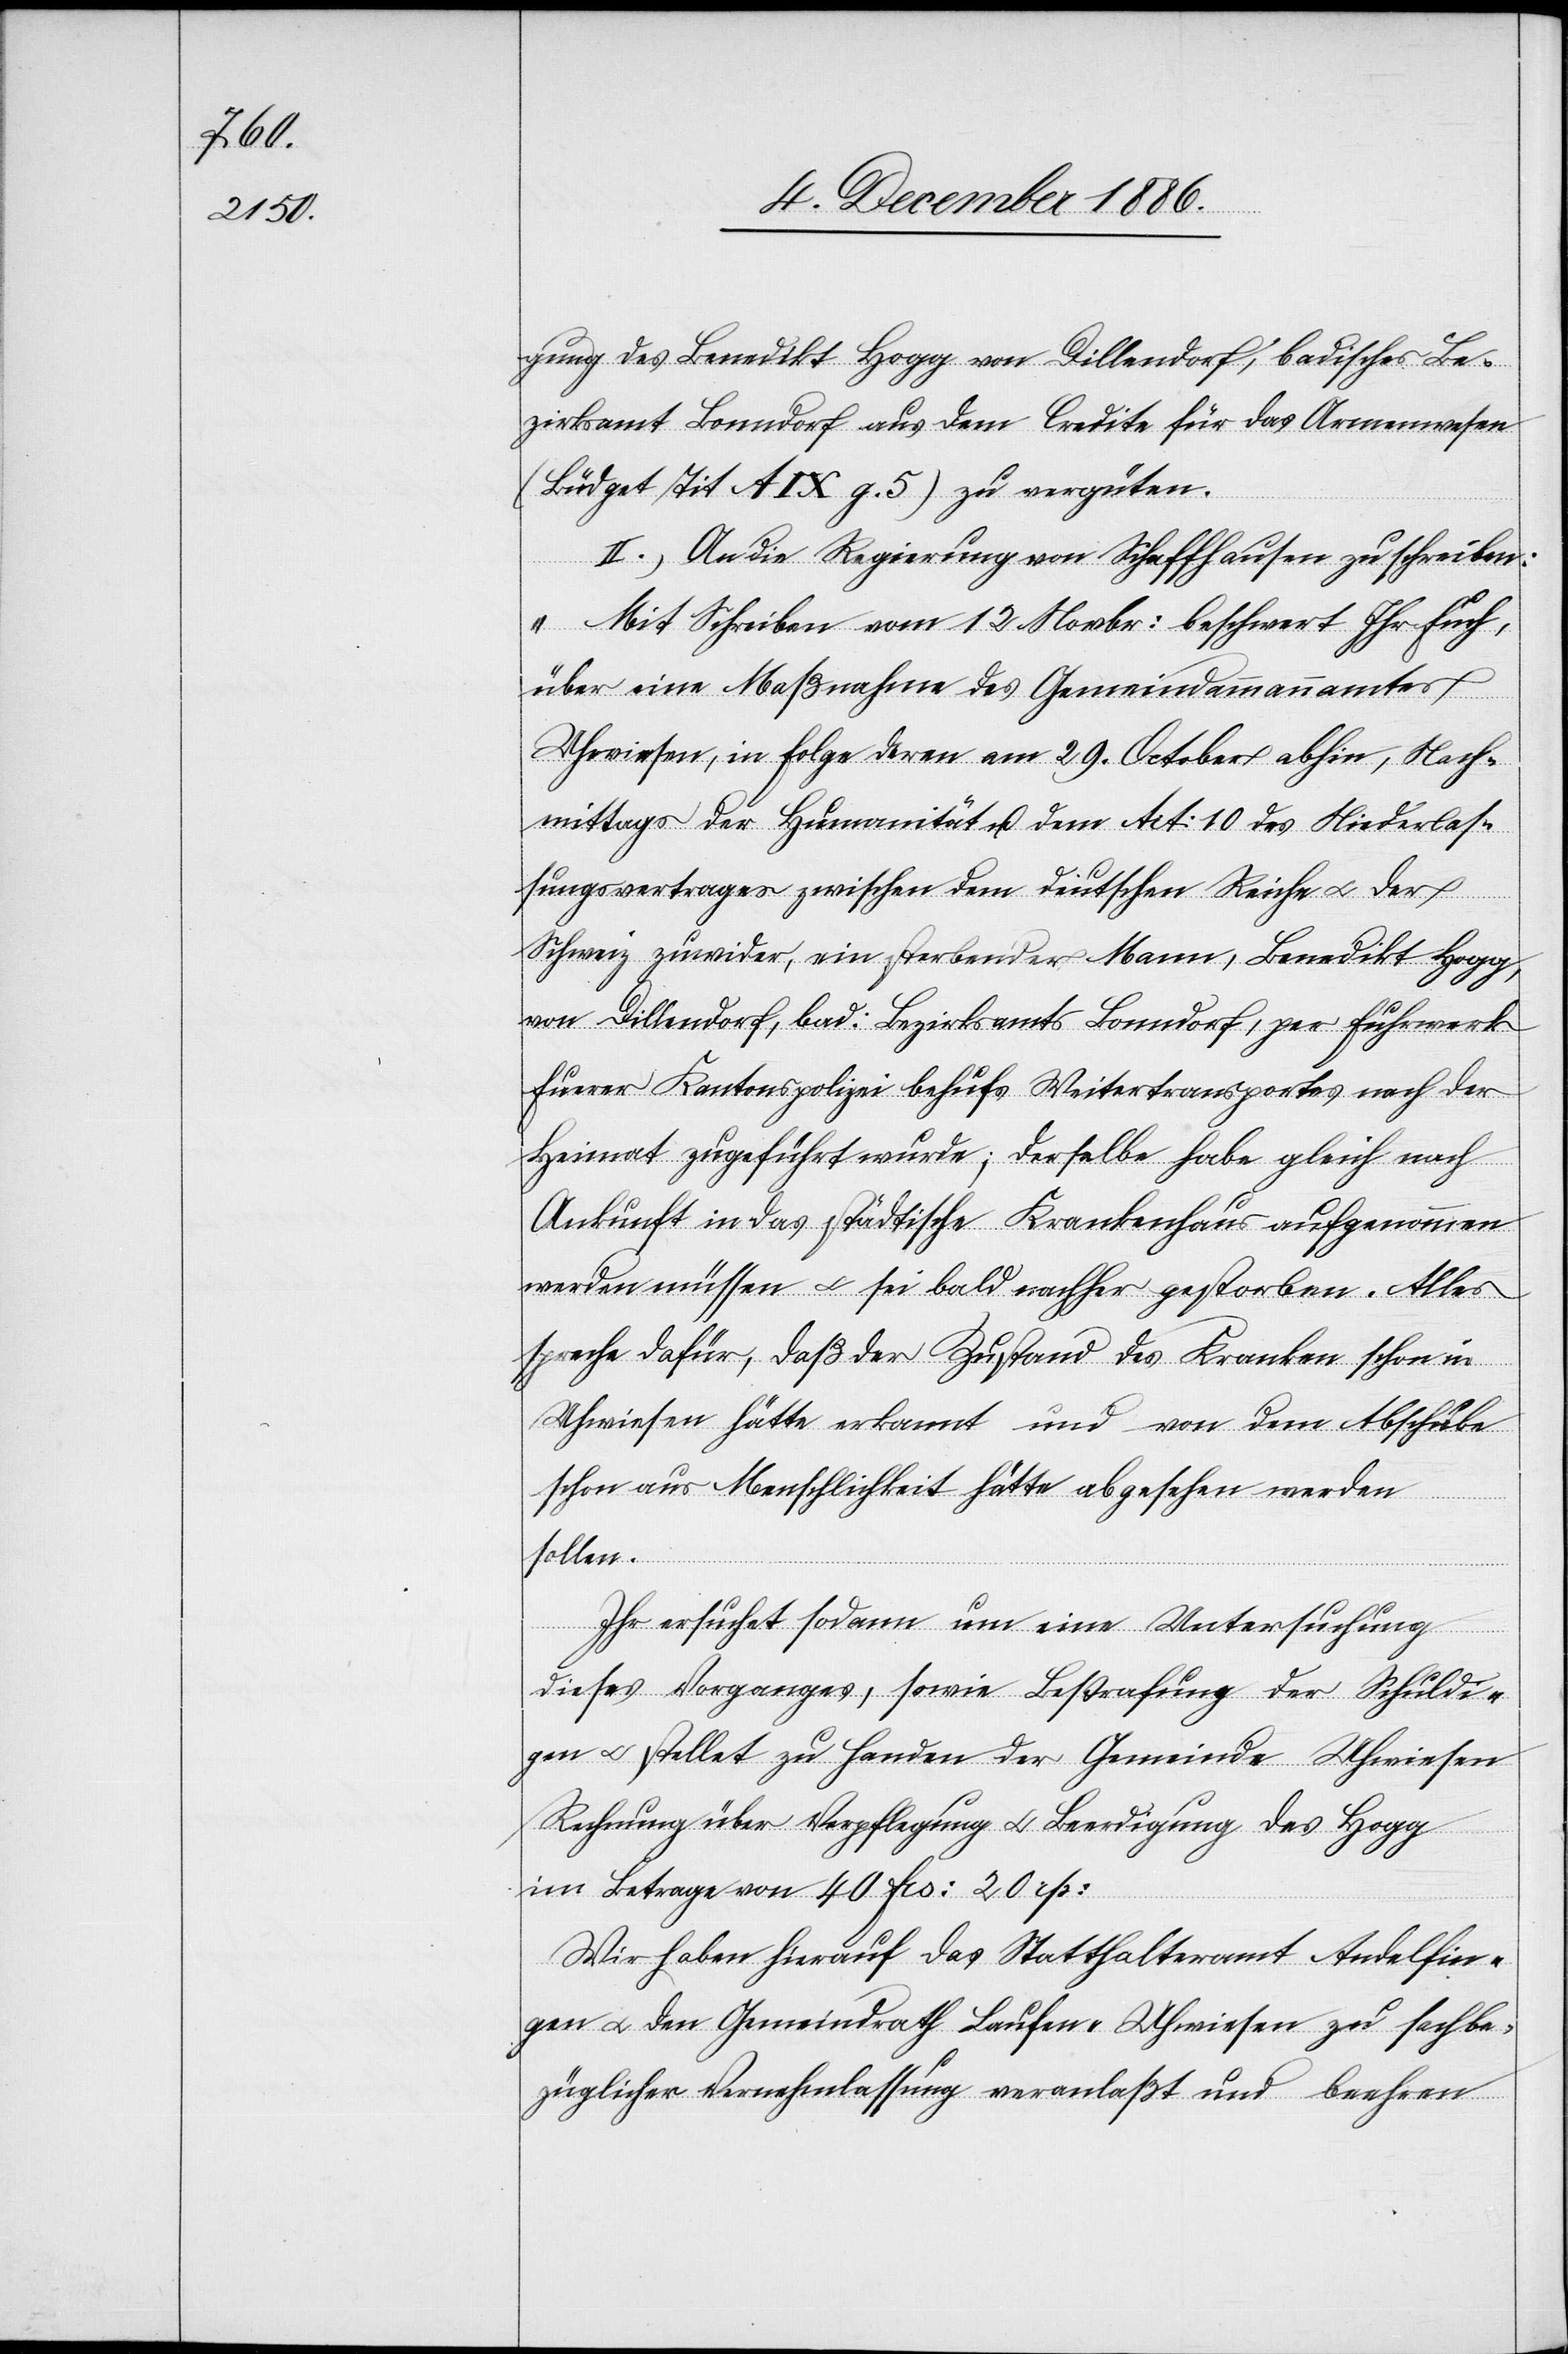
gung des Benedikt Hogg von Dillendorf, badisches Be¬
zirksamt Bonndorf aus dem Credite für das Armenwesen
(Büdget Tit A IX g. 5) zu vergüten.
II.) An die Regierung von Schaffhausen zu schreiben:
„Mit Schreiben vom 12. Novbr. beschwert Ihr Euch
über eine Maßnahme des Gemeindammannamtes
Uhweisen, in Folge deren am 29. October abhin, Nach¬
mittags der Humanität u. dem Tit. 10 des Niederlas¬
sungsvertrages zwischen dem deutschen Reiche & der
Schweiz zuwider, ein sterbender Mann, Benedikt Hogg,
von Dillendorf, bad. Bezirksamts Bonndorf, per Fuhrwerk
Euerer Kantonspolizei behufs Weitertransportes nach der
Heimat zugeführt wurde; derselbe habe gleich nach
Ankunft in das städtische Krankenhaus aufgenommen
werden müssen & sei bald nachher gestorben. Alles
spreche dafür, daß der Zustand des Kranken schon in
Uhwiesen hätte erkannt und von dem Abschube
schon aus Menschlichkeit hätte abgesehen werden
sollen.
Ihr ersuchet sodann um eine Untersuchung
dieses Vorganges, sowie Bestrafung der Schuldi¬
gen & stellet zu Handen der Gemeinde Uhwiesen
Rechnung über Verpflegung & Beerdigung des Hogg
im Betrage von 40 Frs. 20 Rp.
Wir haben hierauf das Statthalteramt Andelfin¬
gen & den Gemeindrath Laufen - Uhwiesen zu sachbe¬
züglicher Vernehmlassung veranlaßt und beehren